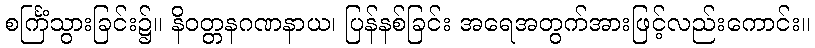
စင်္ကြံသွားခြင်း၌။ နိဝတ္တနဂဏနာယ၊ ပြန်နစ်ခြင်း အရေအတွက်အားဖြင့်လည်းကောင်း။